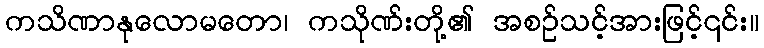
ကသိဏာနုလောမတော၊ ကသိုဏ်းတို့၏ အစဉ်သင့်အားဖြင့်၎င်း။